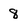
Character: 8